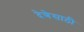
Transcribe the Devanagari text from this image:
देणेसाठी